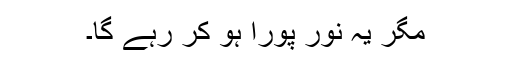
مگر یہ نور پورا ہو کر رہے گا۔